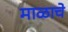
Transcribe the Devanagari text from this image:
माळाचे